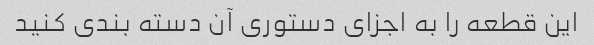
این قطعه را به اجزای دستوری آن دسته بندی کنید